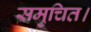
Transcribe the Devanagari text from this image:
समुचित।